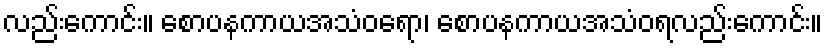
လည်းကောင်း။ စောပနကာယအသံဝရော၊ စောပနကာယအသံဝရလည်းကောင်း။